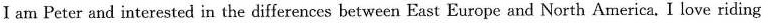
I am Peter and interested in the differences between East Europe and North America. I love riding